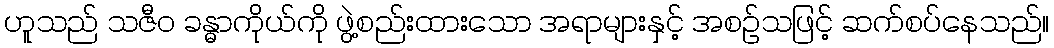
ဟူသည် သဇီဝ ခန္ဓာကိုယ်ကို ဖွဲ့စည်းထားသော အရာများနှင့် အစဉ်သဖြင့် ဆက်စပ်နေသည်။